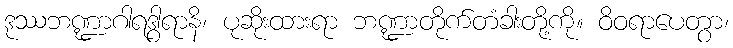
ဒုဿဘဏ္ဍာဂါရဒွါရာနိ၊ ပုဆိုးထားရာ ဘဏ္ဍာတိုက်တံခါးတို့ကို။ ဝိဝရာပေတွာ၊